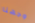
وجهنا